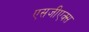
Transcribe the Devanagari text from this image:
एसजीएक्स